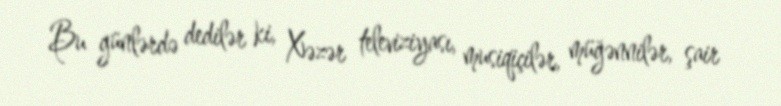
Bu günlərdə dedilər ki, Xəzər televiziyası, musiqiçilər, müğənnilər, şair